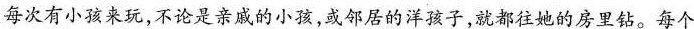
每次有小孩来玩，不论是亲戚的小孩，或邻居的洋孩子，就都往她的房里钻。每个